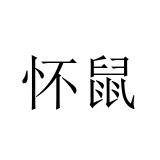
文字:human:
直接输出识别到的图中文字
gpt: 怀鼠